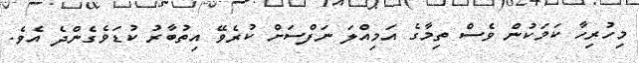
މިހުރިހާ ކަމަކުން ވެސް ތިމާގެ އަމިއްލަ ނަފްސަށް ކުރެވޭ އިތުބާރު ކުޑަވެގެންދެ އެވެ.